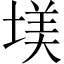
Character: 𡎤